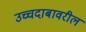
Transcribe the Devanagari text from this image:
उच्चदाबावरील